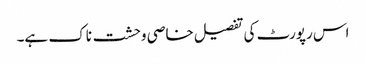
اس رپورٹ کی تفصیل خاصی وحشت ناک ہے۔